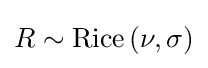
R\sim \operatorname {Rice} \left(\nu ,\sigma \right)